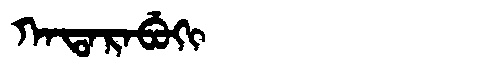
Manchu: ᡴᠠᡨᠠᡵᠠᠪᡠᡴᡳ
Romanization: KATARABUKI